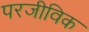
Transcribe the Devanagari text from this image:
परजीविक